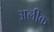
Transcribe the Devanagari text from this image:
अलीक